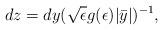
LaTeX: \begin{align*}dz=dy(\sqrt{\epsilon}g(\epsilon)|\bar{y}|)^{-1},\end{align*}